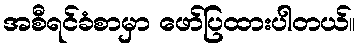
အစီရင်ခံစာမှာ ဖော်ပြထားပါတယ်။